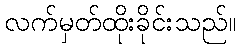
လက်မှတ်ထိုးခိုင်းသည်။